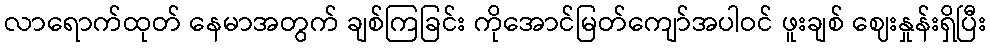
လာရောက်ထုတ် နေမာအတွက် ချစ်ကြခြင်း ကိုအောင်မြတ်ကျော်အပါဝင် ဖူးချစ် ဈေးနှုန်းရှိပြီး